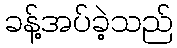
ခန့်အပ်ခဲ့သည်